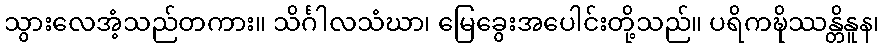
သွားလေအံ့သည်တကား။ သိင်္ဂါလသံဃာ၊ မြေခွေးအပေါင်းတို့သည်။ ပရိကဍ္ဎိဿန္တိနူန၊